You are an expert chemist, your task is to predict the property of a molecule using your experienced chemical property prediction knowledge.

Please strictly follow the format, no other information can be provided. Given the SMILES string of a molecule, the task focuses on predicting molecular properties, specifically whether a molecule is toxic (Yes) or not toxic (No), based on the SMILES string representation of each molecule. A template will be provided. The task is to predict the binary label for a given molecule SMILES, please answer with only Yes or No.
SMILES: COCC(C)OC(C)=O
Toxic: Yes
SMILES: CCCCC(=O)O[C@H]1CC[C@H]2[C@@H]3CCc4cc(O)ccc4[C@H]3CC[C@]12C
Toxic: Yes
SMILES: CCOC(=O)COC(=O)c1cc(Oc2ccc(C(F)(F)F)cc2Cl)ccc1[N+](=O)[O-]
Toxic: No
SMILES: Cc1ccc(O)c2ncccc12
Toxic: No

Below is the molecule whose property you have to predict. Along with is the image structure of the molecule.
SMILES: Oc1ccc(OCc2ccccc2)cc1
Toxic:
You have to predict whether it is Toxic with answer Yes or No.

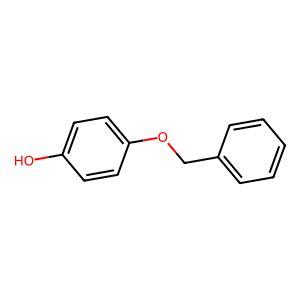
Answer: No